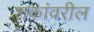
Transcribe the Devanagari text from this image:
शकांवरील